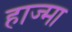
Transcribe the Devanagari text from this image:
हाज्मा